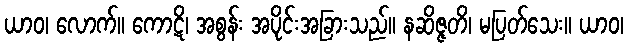
ယာဝ၊ လောက်။ ကောဋိ၊ အစွန်း အပိုင်းအခြားသည်။ နဆိဇ္ဇတိ၊ မပြတ်သေး။ ယာဝ၊